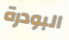
البودرة